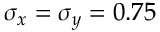
\sigma _ { x } = \sigma _ { y } = 0 . 7 5